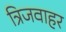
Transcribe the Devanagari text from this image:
त्रिजवाहर